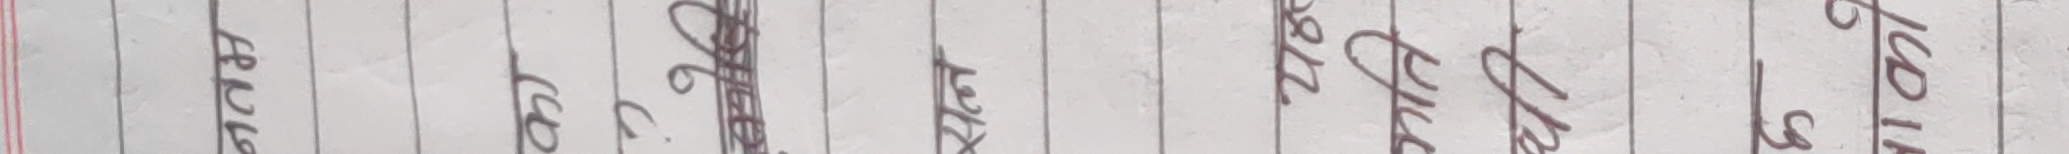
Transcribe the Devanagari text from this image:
२०१५
सा
पुस २२
थाउ